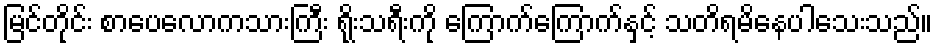
မြင်တိုင်း စာပေလောကသားကြီး ရိုးသရီးကို ကြောက်ကြောက်နှင့် သတိရမိနေပါသေးသည်။